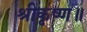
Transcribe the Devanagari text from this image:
श्रीकृष्ण॥